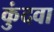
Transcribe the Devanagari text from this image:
कुंदवा